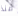
منذ